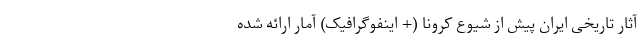
آثار تاریخی ایران پیش از شیوع کرونا (+ اینفوگرافیک) آمار ارائه شده